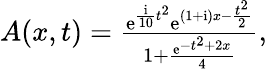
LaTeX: \begin{array}{r}{A(x,t)=\frac{\mathrm{e}^{\frac{\mathrm{{i}}}{10}t^{2}}\mathrm{e}^{(1+\mathrm{{i}})x-\frac{t^{2}}{2}}}{1+\frac{\mathrm{e}^{-t^{2}+2x}}{4}},}\end{array}